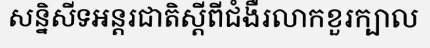
សន្និសីទអន្តរជាតិស្តីពីជំងឺរលាកខួរក្បាល